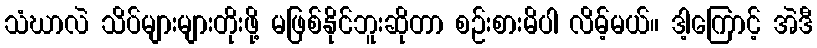
သံဃာလဲ သိပ်များများတိုးဖို့ မဖြစ်နိုင်ဘူးဆိုတာ စဉ်းစားမိပါ လိမ့်မယ်။ ဒါ့ကြောင့် အဲဒီ